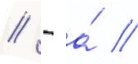
// - а́ //